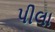
પીલા